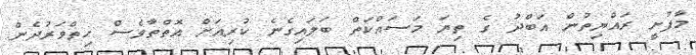
މާފުށީ ރައްޔިތުން އަބްދު ގެ ތިޔަ މަސައްކަތް ބަލައިގެނެ ކުރިއަށް އޮތްތާވެސް ހިތްވަރުދެން.